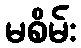
မစိမ်း